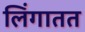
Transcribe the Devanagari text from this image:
लिंगातत